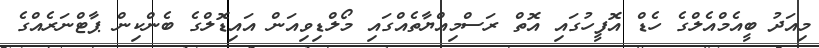
މިއަދު ބީއެމްއެލްގެ ހެޑް އޮފީހުގައި އޮތް ރަސްމިއްޔާތެއްގައި މޯލްޑިވިއަން އައިޑޮލްގެ ބެންކިން ޕާޓްނަރެއްގެ